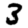
Digit: 3